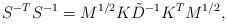
LaTeX: \begin{align*}S^{-T}S^{-1}=M^{1/2}K\tilde{D}^{-1}K^TM^{1/2}, \end{align*}